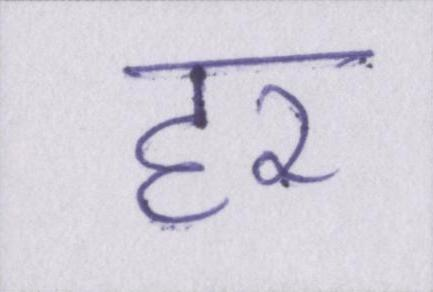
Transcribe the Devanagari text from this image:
हर